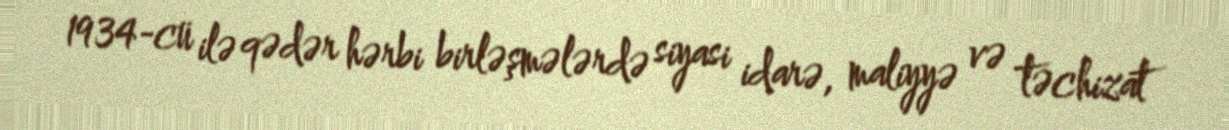
1934-cü ilə qədər hərbi birləşmələrdə siyasi idarə, maliyyə və təchizat